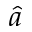
\hat { a }